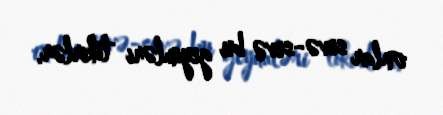
onlar sevə-sevə bu geyimləri tikirlər.